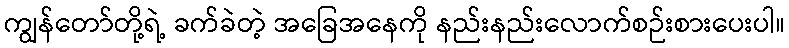
ကျွန်တော်တို့ရဲ့ ခက်ခဲတဲ့ အခြေအနေကို နည်းနည်းလောက်စဉ်းစားပေးပါ။